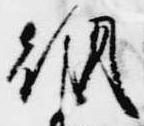
朝